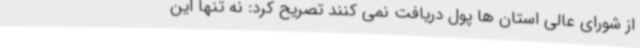
از شورای عالی استان ها پول دریافت نمی کنند تصریح کرد: نه تنها این